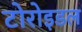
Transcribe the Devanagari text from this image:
टोरोइडल